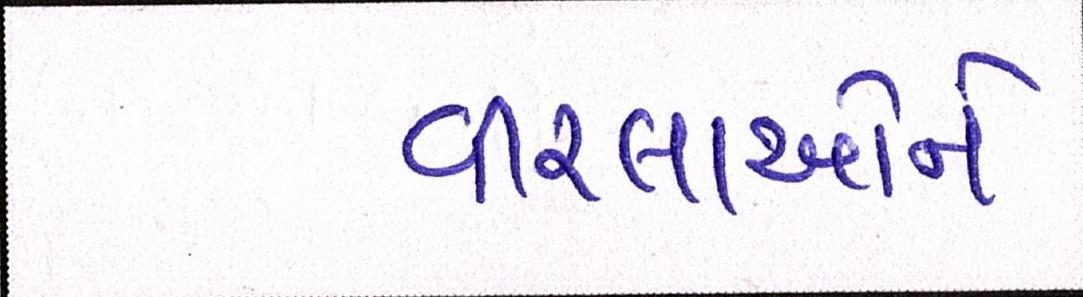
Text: વીરલાઓને